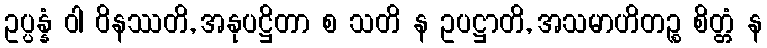
ဥပ္ပန္နံ ဝါ ဝိနဿတိ, အနုပဋ္ဌိတာ စ သတိ န ဥပဋ္ဌာတိ, အသမာဟိတဉ္စ စိတ္တံ န